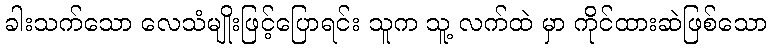
ခါးသက်သော လေသံမျိုးဖြင့်ပြောရင်း သူက သူ့ လက်ထဲ မှာ ကိုင်ထားဆဲဖြစ်သော